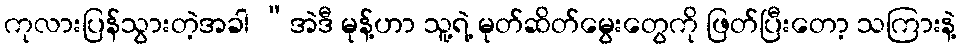
ကုလားပြန်သွားတဲ့အခါ “အဲဒီ မုန့်ဟာ သူ့ရဲ့ မုတ်ဆိတ်မွေးတွေကို ဖြတ်ပြီးတော့ သကြားနဲ့